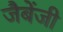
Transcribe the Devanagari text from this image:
जैबेंजी